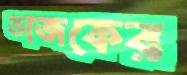
ভাজকের